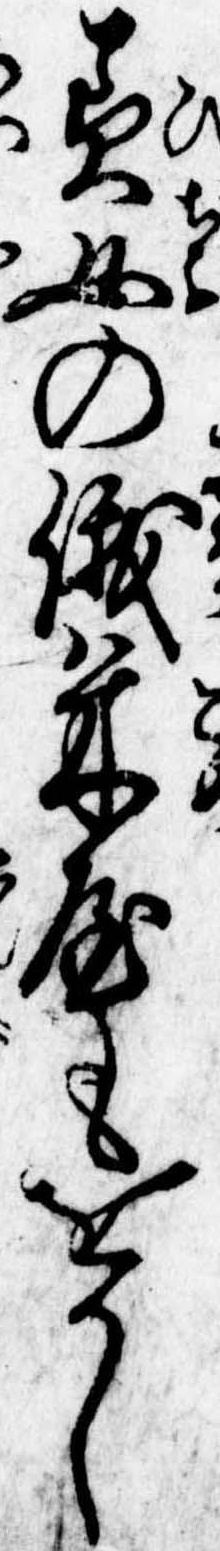
美女の俄米屋もをかし